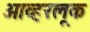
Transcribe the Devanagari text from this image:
ओव्हरलूक